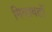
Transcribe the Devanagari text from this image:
मिलावटों